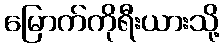
မြောက်ကိုရီးယားသို့